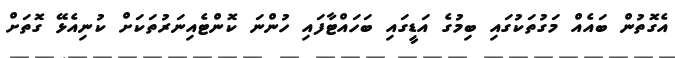
އެގޮތުން ބައެއް މަގުތަކުގައި ބިމުގެ އަޑީގައި ބަހައްޓާފައި ހުންނަ ކޮންޓެއިނަރުތަކަށް ކުނިއެޅޭ ގޮތަށް